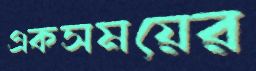
একসময়ের